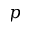
p